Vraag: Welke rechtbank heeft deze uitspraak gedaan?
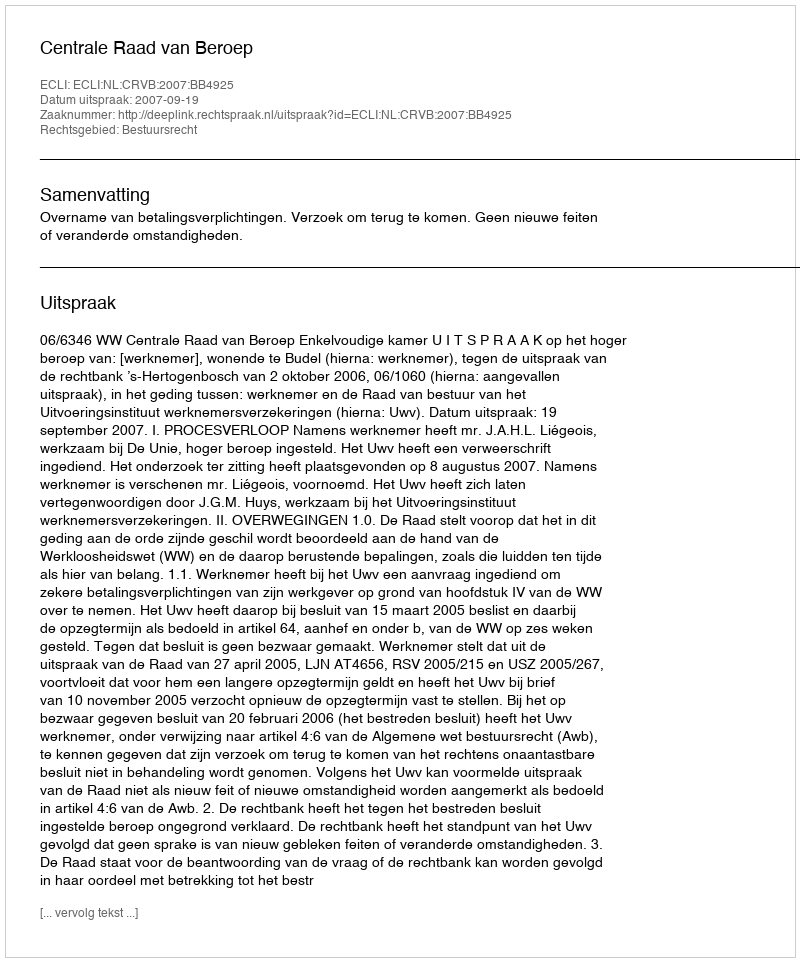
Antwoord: Centrale Raad van Beroep